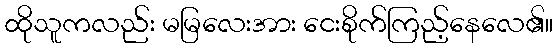
ထိုသူကလည်း မမြလေးအား ငေးစိုက်ကြည့်နေလေ၏။